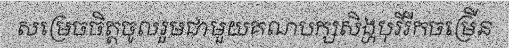
សម្រេចចិត្តចូលរួមជាមួយគណបក្សសិង្ហបុរីរីកចម្រើន